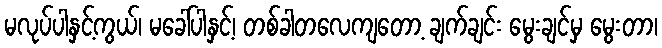
မလုပ်ပါနှင့်ကွယ်၊ မခေါ်ပါနှင့်၊ တစ်ခါတလေကျတော့ ချက်ချင်း မွေးချင်မှ မွေးတာ၊